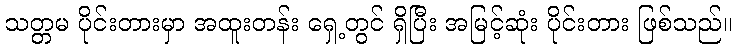
သတ္တမ ပိုင်းတားမှာ အထူးတန်း ရှေ့တွင် ရှိပြီး အမြင့်ဆုံး ပိုင်းတား ဖြစ်သည်။